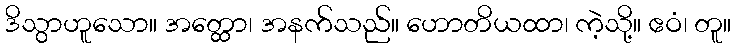
ဒိသွာဟူသော။ အတ္ထော၊ အနက်သည်။ ဟောတိယထာ၊ ကဲ့သို့။ ဧဝံ၊ တူ။